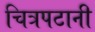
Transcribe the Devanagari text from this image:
चित्रपटानी